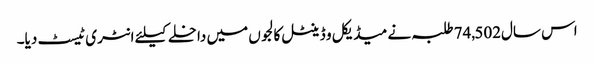
اس سال74,502 طلبہ نے میڈیکل و ڈینٹل کالجوں میں داخلے کیلئے انٹری ٹیسٹ دیا۔